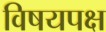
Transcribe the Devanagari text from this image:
विषयपक्ष